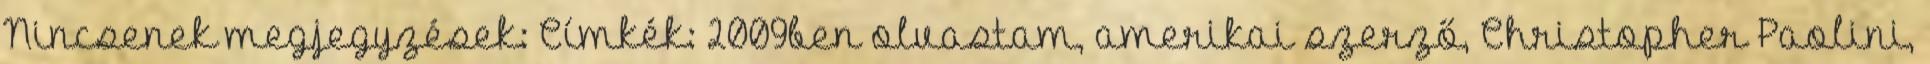
Nincsenek megjegyzések: Címkék: 2009ben olvastam, amerikai szerző, Christopher Paolini,